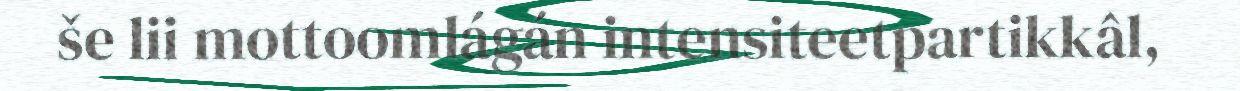
še lii mottoomlágán intensiteetpartikkâl,